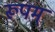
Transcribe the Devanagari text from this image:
रूपम्‌